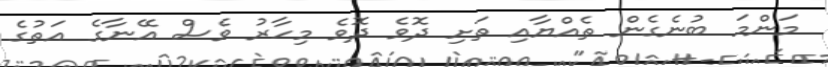
މަންމަ ބުނެގެން ތެއްޔާއި ތަށި ދޮވެ ދޮވެ މިހާރު ވެސް އޭނާގެ އަތުގެ